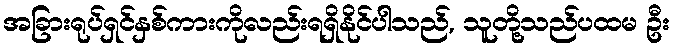
အခြားရုပ်ရှင်နှစ်ကားကိုလည်းရရှိနိုင်ပါသည်, သူတို့သည်ပထမ ဦး